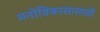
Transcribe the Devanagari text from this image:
मनोविकासासाठी